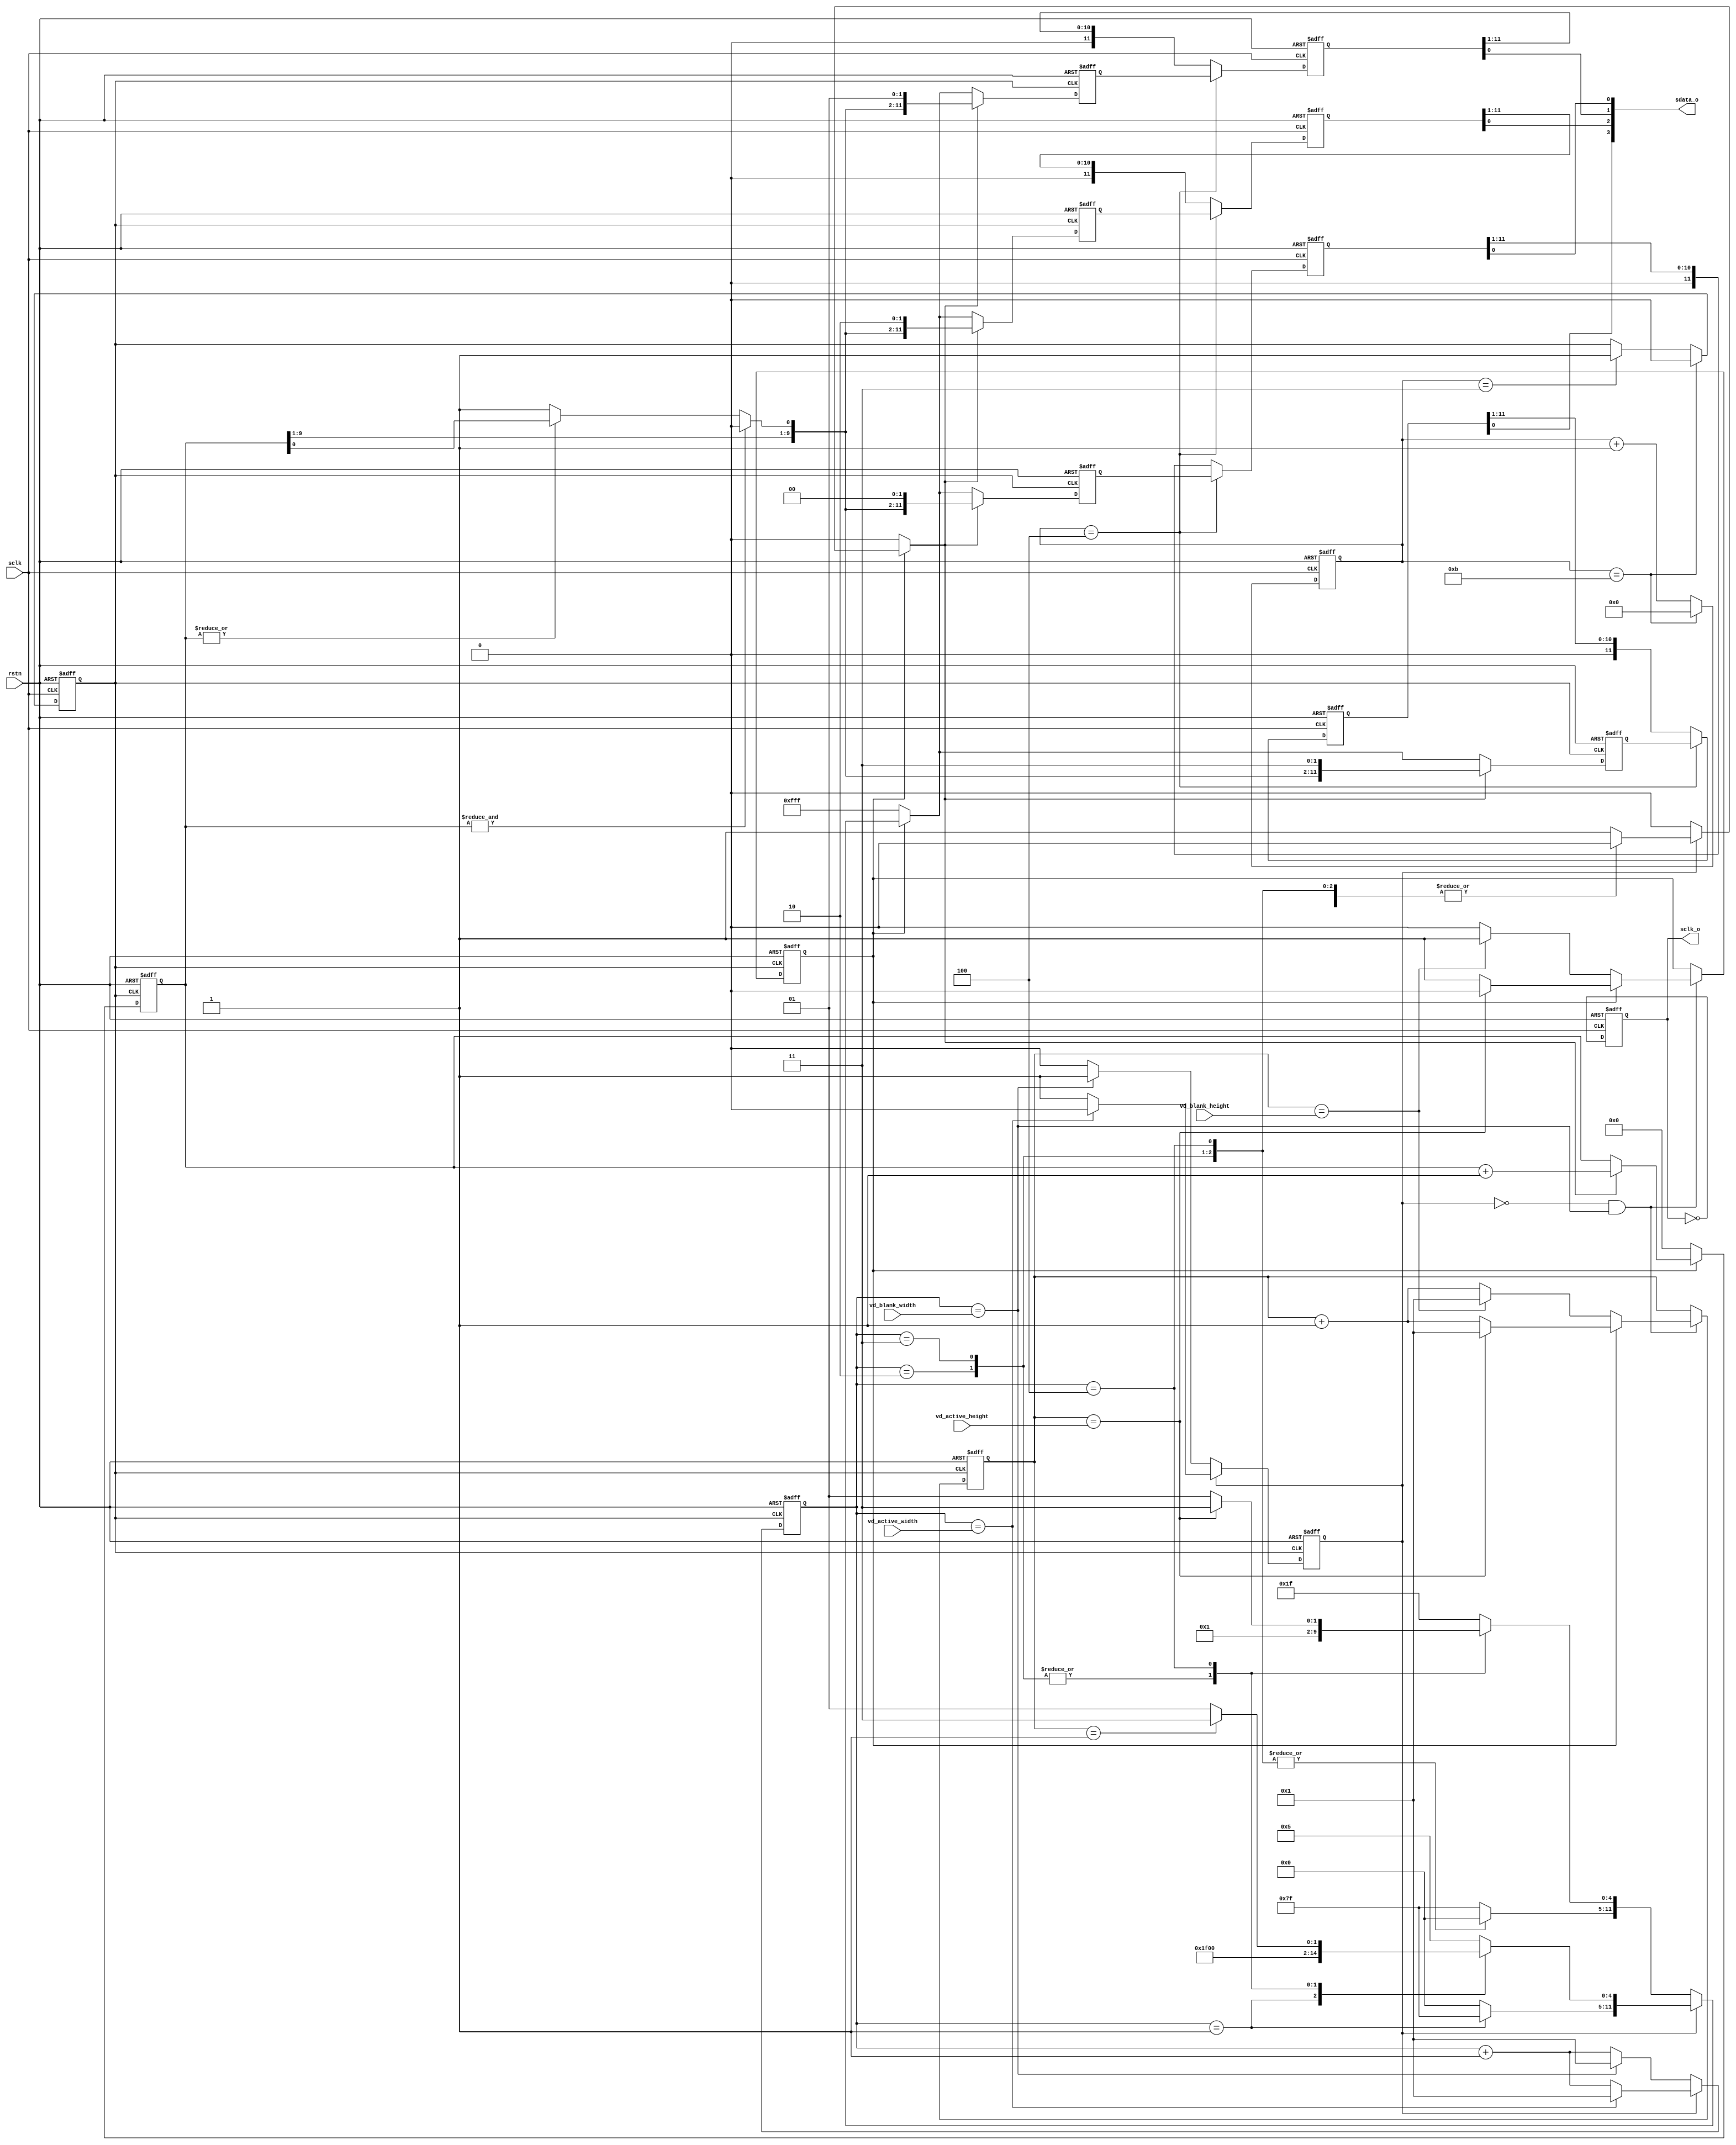
`timescale 100ps/100ps
module hispi_stim #(
parameter c_HISPI_MODE = "Packetized-SP",//"Packetized-SP" or "Streaming-SP" or "Streaming-S" or "ActiveStart-SP8"
parameter c_WORD_WIDTH = 12,
parameter c_LANE_WIDTH = 4
)
(
 input [11:0] vd_active_width,
 input [11:0] vd_blank_width,
 input [11:0] vd_active_height,
 input [11:0] vd_blank_height,

 input  rstn,
 input  sclk,
 output reg sclk_o,
 output reg [3:0] sdata_o
);

reg pix_clk;
reg idle_sel;
reg [4:0] clk_cnt;
reg [11:0] pix_cnt;
reg hor_valid;
reg lin_valid;
reg [11:0] lin_cnt;
wire [c_WORD_WIDTH-1:0] data_idle;
reg [c_WORD_WIDTH-1:0] pdata;
reg pdata_valid;
reg [c_WORD_WIDTH-3:0] data_pattern;
reg [c_WORD_WIDTH-1:0] data_lane0;
reg [c_WORD_WIDTH-1:0] data_lane1;
reg [c_WORD_WIDTH-1:0] data_lane2;
reg [c_WORD_WIDTH-1:0] data_lane3;
reg [c_WORD_WIDTH-1:0] data_lane0_d;
reg [c_WORD_WIDTH-1:0] data_lane1_d;
reg [c_WORD_WIDTH-1:0] data_lane2_d;
reg [c_WORD_WIDTH-1:0] data_lane3_d;
reg pidle;


   

always @(posedge sclk or negedge rstn)
   if (!rstn) begin
      clk_cnt <= 0;
      pix_clk <= 1'b0;
   end
   else begin
      if (clk_cnt == c_WORD_WIDTH - 1) begin
         clk_cnt <= 0;
         pix_clk <= 1'b0;
      end   
      else begin
         clk_cnt <= clk_cnt + 1;
         if (clk_cnt == 3) pix_clk <= 1'b1;
      end
   end
//*************************************************************************************************************************************************************
assign data_idle = (c_HISPI_MODE == "Streaming-S") ? (idle_sel ? {{(c_WORD_WIDTH-1){1'b0}}, 1'b1}: {{(c_WORD_WIDTH-1){1'b1}}, 1'b0}) : (
                   (c_HISPI_MODE == "ActiveStart-SP8") ? {c_WORD_WIDTH{1'b0}} : {c_WORD_WIDTH{1'b1}});
always @(posedge pix_clk or negedge rstn)
   if (!rstn) begin
      idle_sel <= 1'b0;
   end
   else begin
      if (pidle)
         idle_sel <= ~ idle_sel;
      else
         idle_sel <= 1'b0;
   end


always @(posedge pix_clk or negedge rstn)
   if (!rstn) begin
      pix_cnt   <= 1;
      hor_valid <= 0;
      lin_valid <= 0;
      lin_cnt   <= 0;
   end
   else begin
      pix_cnt <= 1;
      if (hor_valid) begin
         if (pix_cnt == vd_active_width) begin
            hor_valid <= 1'b0;
            pix_cnt <= 1;
         end
         else
            pix_cnt <= pix_cnt + 1;
      end
      else begin
         if (pix_cnt == vd_blank_width) begin
            hor_valid <= 1'b1;
            pix_cnt <= 1;
         end
         else
            pix_cnt <= pix_cnt + 1;
      end      
      
      if ((~ hor_valid) && (pix_cnt == vd_blank_width)) begin
         if (lin_valid) begin
            if (lin_cnt == vd_active_height) begin
               lin_valid <= 1'b0;
               lin_cnt   <= 1;
            end
            else
               lin_cnt   <= lin_cnt + 1;
         end
         else begin
            if (lin_cnt == vd_blank_height) begin
               lin_valid <= 1'b1;
               lin_cnt   <= 1;
            end
            else
               lin_cnt   <= lin_cnt + 1;
         end
      end
   end
   
always @(*) begin
   pdata = 0;
   pidle = 0;
   pdata_valid = 0;
   if (c_HISPI_MODE == "Packetized-SP") begin
      //*************************************************************************************************************************
      if (lin_valid) begin
         if (hor_valid) begin
            case (pix_cnt)
               1:       begin pdata_valid = 1'b0; pdata = {c_WORD_WIDTH{1'b1}} ;end
               2:       begin pdata_valid = 1'b0; pdata = {c_WORD_WIDTH{1'b0}} ;end
               3:       begin pdata_valid = 1'b0; pdata = {c_WORD_WIDTH{1'b0}} ;end
               4:       begin pdata_valid = 1'b0; pdata[4:0] = (lin_cnt == 1) ? 5'b00011 : 5'b00001; end
               default: begin pdata_valid = 1'b1; pdata = 5; end
            endcase
         end
         else begin
            case (pix_cnt)
               1:       begin pdata_valid = 1'b0; pdata = {c_WORD_WIDTH{1'b1}} ; end
               2:       begin pdata_valid = 1'b0; pdata = {c_WORD_WIDTH{1'b0}} ; end
               3:       begin pdata_valid = 1'b0; pdata = {c_WORD_WIDTH{1'b0}} ; end
               4:       begin pdata_valid = 1'b0; pdata[4:0] = (lin_cnt == vd_active_height) ? 5'b00111 : 5'b00101; end
               default: begin pdata_valid = 1'b0; pdata = data_idle; end
            endcase         
         end
      end
      else begin
         pdata_valid = 1'b0;
         pdata       = data_idle;
      end
      //*************************************************************************************************************************
   end
   else if (c_HISPI_MODE == "Streaming-SP") begin
      //*************************************************************************************************************************
      if (lin_valid) begin
         if (hor_valid) begin
            case (pix_cnt)
               1:       begin pdata_valid = 1'b0; pdata = {c_WORD_WIDTH{1'b1}} ;end
               2:       begin pdata_valid = 1'b0; pdata = {c_WORD_WIDTH{1'b0}} ;end
               3:       begin pdata_valid = 1'b0; pdata = {c_WORD_WIDTH{1'b0}} ;end
               4:       begin pdata_valid = 1'b0; pdata[4:0] = (lin_cnt == 1) ? 5'b00011 : 5'b00001; end
               default: begin pdata_valid = 1'b1; pdata = 5; end
            endcase
         end
         else begin
            pdata_valid = 1'b0;
            pdata       = data_idle;         
         end
      end
      else begin
         if (hor_valid) begin
            case (pix_cnt)
               1:       begin pdata_valid = 1'b0; pdata = {c_WORD_WIDTH{1'b1}} ;end
               2:       begin pdata_valid = 1'b0; pdata = {c_WORD_WIDTH{1'b0}} ;end
               3:       begin pdata_valid = 1'b0; pdata = {c_WORD_WIDTH{1'b0}} ;end
               4:       begin pdata_valid = 1'b0; pdata[4:0] = 5'b01001; end
               default: begin pdata_valid = 1'b1; pdata = 5; end
            endcase
         end
         else begin
            pdata_valid = 1'b0;
            pdata       = data_idle;         
         end
      end
      //*************************************************************************************************************************
   end
   else if ((c_HISPI_MODE == "Streaming-S") && (c_LANE_WIDTH == 4)) begin
      //*************************************************************************************************************************
      if (lin_valid) begin
         if (hor_valid) begin
            case (pix_cnt)
               1:       begin pdata_valid = 1'b0; pdata = {c_WORD_WIDTH{1'b1}} ;end
//               2:       begin pdata_valid = 1'b0; pdata = {c_WORD_WIDTH{1'b0}} ;end
//               3:       begin pdata_valid = 1'b0; pdata = {c_WORD_WIDTH{1'b0}} ;end
//               4:       begin pdata_valid = 1'b0; pdata[4:0] = 5'b00001; end
               default: begin pdata_valid = 1'b1; pdata = 5; end
            endcase
         end
         else begin
            pdata_valid = 1'b0;
            pdata       = data_idle;
            pidle       = 1'b1;         
         end
      end
      else begin
         if (hor_valid) begin
            case (pix_cnt)
               1:       begin pdata_valid = 1'b0; pdata = {c_WORD_WIDTH{1'b1}} ;end
//               2:       begin pdata_valid = 1'b0; pdata = {c_WORD_WIDTH{1'b0}} ;end
//               3:       begin pdata_valid = 1'b0; pdata = {c_WORD_WIDTH{1'b0}} ;end
//               4:       begin pdata_valid = 1'b0; pdata[4:0] = 5'b01001; end
               default: begin 
                  pdata_valid = 1'b0;
                  pdata       = data_idle;         
                  pidle       = 1'b1;               
               end   
            endcase
         end
         else begin
            pdata_valid = 1'b0;
            pdata       = data_idle;         
            pidle       = 1'b1;
         end
      end      
      //*************************************************************************************************************************
   end
   else if ((c_HISPI_MODE == "Streaming-S") && (c_LANE_WIDTH == 2)) begin
      //*************************************************************************************************************************
      if (lin_valid) begin
         if (hor_valid) begin
            case (pix_cnt)
               1:       begin pdata_valid = 1'b0; pdata = {c_WORD_WIDTH{1'b1}} ;end
               2:       begin pdata_valid = 1'b0; pdata = {c_WORD_WIDTH{1'b0}} ;end
//               3:       begin pdata_valid = 1'b0; pdata = {c_WORD_WIDTH{1'b0}} ;end
//               4:       begin pdata_valid = 1'b0; pdata[4:0] = 5'b00001; end
               default: begin pdata_valid = 1'b1; pdata = 5; end
            endcase
         end
         else begin
            pdata_valid = 1'b0;
            pdata       = data_idle;
            pidle       = 1'b1;         
         end
      end
      else begin
         if (hor_valid) begin
            case (pix_cnt)
               1:       begin pdata_valid = 1'b0; pdata = {c_WORD_WIDTH{1'b1}} ;end
               2:       begin pdata_valid = 1'b0; pdata = {c_WORD_WIDTH{1'b0}} ;end
//               3:       begin pdata_valid = 1'b0; pdata = {c_WORD_WIDTH{1'b0}} ;end
//               4:       begin pdata_valid = 1'b0; pdata[4:0] = 5'b01001; end
               default: begin pdata_valid = 1'b1; pdata = 5; end
            endcase
         end
         else begin
            pdata_valid = 1'b0;
            pdata       = data_idle;
            pidle       = 1'b1;         
         end
      end            
      //*************************************************************************************************************************
      //*************************************************************************************************************************
   end
   else if ((c_HISPI_MODE == "Streaming-S") && (c_LANE_WIDTH == 1)) begin
      //*************************************************************************************************************************
      if (lin_valid) begin
         if (hor_valid) begin
            case (pix_cnt)
               1:       begin pdata_valid = 1'b0; pdata = {c_WORD_WIDTH{1'b1}} ;end
               2:       begin pdata_valid = 1'b0; pdata = {c_WORD_WIDTH{1'b0}} ;end
               3:       begin pdata_valid = 1'b0; pdata = {c_WORD_WIDTH{1'b0}} ;end
               4:       begin pdata_valid = 1'b0; pdata[4:0] = 5'b00001; end
               default: begin pdata_valid = 1'b1; pdata = 5; end
            endcase
         end
         else begin
            pdata_valid = 1'b0;
            pdata       = data_idle;
            pidle       = 1'b1;         
         end
      end
      else begin
         if (hor_valid) begin
            case (pix_cnt)
               1:       begin pdata_valid = 1'b0; pdata = {c_WORD_WIDTH{1'b1}} ;end
               2:       begin pdata_valid = 1'b0; pdata = {c_WORD_WIDTH{1'b0}} ;end
               3:       begin pdata_valid = 1'b0; pdata = {c_WORD_WIDTH{1'b0}} ;end
               4:       begin pdata_valid = 1'b0; pdata[4:0] = 5'b01001; end
               default: begin pdata_valid = 1'b1; pdata = 5; end
            endcase
         end
         else begin
            pdata_valid = 1'b0;
            pdata       = data_idle;
            pidle       = 1'b1;         
         end
      end            
      //*************************************************************************************************************************      
   end
   else if (c_HISPI_MODE == "ActiveStart-SP8") begin
      //*************************************************************************************************************************
      if (lin_valid) begin
         if (hor_valid) begin
            case (pix_cnt)
               1:       begin pdata_valid = 1'b0; pdata = {c_WORD_WIDTH{1'b1}} ;end
               2:       begin pdata_valid = 1'b0; pdata = {c_WORD_WIDTH{1'b0}} ;end
               3:       begin pdata_valid = 1'b0; pdata = {c_WORD_WIDTH{1'b1}} ;end
               4:       begin pdata_valid = 1'b0; pdata = {c_WORD_WIDTH{1'b0}} ;end
               5:       begin pdata_valid = 1'b0; pdata = {c_WORD_WIDTH{1'b1}} ;end
               6:       begin pdata_valid = 1'b0; pdata = (lin_cnt == 1) ? {c_WORD_WIDTH{1'b1}} : {c_WORD_WIDTH{1'b0}} ;end
               7:       begin pdata_valid = 1'b0; pdata = {c_WORD_WIDTH{1'b1}} ;end
               8:       begin pdata_valid = 1'b0; pdata = (lin_cnt == 1) ? {c_WORD_WIDTH{1'b1}} : {c_WORD_WIDTH{1'b0}} ;end               
               default: begin pdata_valid = 1'b1; pdata = 5; end
            endcase
         end
         else begin
            pdata_valid = 1'b0;
            pdata       = data_idle;
            pidle       = 1'b1;         
         end
      end
      else begin
        pdata_valid = 1'b0;
        pdata       = data_idle;
        pidle       = 1'b1;         
      end
      //*************************************************************************************************************************
   end
end

wire [c_WORD_WIDTH-3:0] data_pattern_tmp = (& data_pattern) ? {data_pattern[c_WORD_WIDTH-3:1], 1'b0} : ((| data_pattern) ? data_pattern : {data_pattern[c_WORD_WIDTH-3:1], 1'b1});
always @(posedge pix_clk or negedge rstn)
   if (!rstn) begin
      data_pattern <= 0;
   end
   else begin
      if (lin_valid) begin
         if (pdata_valid)
            data_pattern <= data_pattern + 1;
      end
      else
         data_pattern <= 0;
   end
   
always @(posedge pix_clk or negedge rstn)
   if (!rstn) begin
      data_lane0 <= 0;
      data_lane1 <= 0;
      data_lane2 <= 0;
      data_lane3 <= 0;
   end
   else begin
      if (pdata_valid) begin
         data_lane0 <= {data_pattern_tmp, 2'b00};
         data_lane1 <= {data_pattern_tmp, 2'b01};
         data_lane2 <= {data_pattern_tmp, 2'b10};
         data_lane3 <= {data_pattern_tmp, 2'b11};
      end   
      else begin
         if ((c_HISPI_MODE == "Streaming-S") && (c_LANE_WIDTH == 4)) begin
            if (pdata == {c_WORD_WIDTH{1'b1}}) begin
               data_lane0 <= {c_WORD_WIDTH{1'b1}} ;
               data_lane1 <= {c_WORD_WIDTH{1'b0}} ;
               data_lane2 <= {c_WORD_WIDTH{1'b0}};
               data_lane3 <= lin_valid ? {{(c_WORD_WIDTH-5){1'b0}}, 5'b00001} : {{(c_WORD_WIDTH-5){1'b0}}, 5'b01001};
            end
            else begin
               data_lane0 <= pdata;            
               data_lane1 <= pdata;            
               data_lane2 <= pdata;            
               data_lane3 <= pdata;            
            end
         end
         else if ((c_HISPI_MODE == "Streaming-S") && (c_LANE_WIDTH == 2)) begin
            if (pdata == {c_WORD_WIDTH{1'b1}}) begin
               data_lane0 <= {c_WORD_WIDTH{1'b1}} ;
               data_lane1 <= {c_WORD_WIDTH{1'b0}} ;
               data_lane2 <= {c_WORD_WIDTH{1'b0}};
               data_lane3 <= lin_valid ? {{(c_WORD_WIDTH-5){1'b0}}, 5'b00001} : {{(c_WORD_WIDTH-5){1'b0}}, 5'b01001};
            end
            else if (pdata == {c_WORD_WIDTH{1'b0}}) begin
               data_lane0 <= {c_WORD_WIDTH{1'b0}} ;
               data_lane1 <= lin_valid ? {{(c_WORD_WIDTH-5){1'b0}}, 5'b00001} : {{(c_WORD_WIDTH-5){1'b0}}, 5'b01001} ;
               data_lane2 <= {c_WORD_WIDTH{1'b0}};
               data_lane3 <= lin_valid ? {{(c_WORD_WIDTH-5){1'b0}}, 5'b00001} : {{(c_WORD_WIDTH-5){1'b0}}, 5'b01001};            
            end
            else begin
               data_lane0 <= pdata;            
               data_lane1 <= pdata;            
               data_lane2 <= pdata;            
               data_lane3 <= pdata;            
            end         
         end
         else begin
            data_lane0 <= pdata;         
            data_lane1 <= pdata;         
            data_lane2 <= pdata;         
            data_lane3 <= pdata;         
         end   
      end
   end
//*************************************************************************************************************************   
always @(posedge sclk or negedge rstn)
   if (!rstn) begin
      data_lane0_d <= 0;
      data_lane1_d <= 0;
      data_lane2_d <= 0;
      data_lane3_d <= 0;

   end
   else begin
      if (clk_cnt == 4) begin
         data_lane0_d <= data_lane0;
         data_lane1_d <= data_lane1;
         data_lane2_d <= data_lane2;
         data_lane3_d <= data_lane3;
      end
      else begin
         data_lane0_d <= {1'b0, data_lane0_d[c_WORD_WIDTH-1:1]};       
         data_lane1_d <= {1'b0, data_lane1_d[c_WORD_WIDTH-1:1]};       
         data_lane2_d <= {1'b0, data_lane2_d[c_WORD_WIDTH-1:1]};       
         data_lane3_d <= {1'b0, data_lane3_d[c_WORD_WIDTH-1:1]};       
      end
   end

wire [3:0] sdata_o_pre = {data_lane3_d[0], data_lane2_d[0], data_lane1_d[0], data_lane0_d[0]};
wire [1:0] sel_0 = 0;         
wire [1:0] sel_1 = 0;         
wire [1:0] sel_2 = 0;         
wire [1:0] sel_3 = 0;         
reg  [3:0] sdata_o_pre_d1;
reg  [3:0] sdata_o_pre_d2;
reg  [3:0] sdata_o_pre_d3;

always @(posedge sclk or negedge rstn)
   if (!rstn) begin
      sdata_o_pre_d1 <= 0;
      sdata_o_pre_d2 <= 0;
      sdata_o_pre_d3 <= 0;
   end
   else begin
      sdata_o_pre_d1 <= sdata_o_pre;
      sdata_o_pre_d2 <= sdata_o_pre_d1;
      sdata_o_pre_d3 <= sdata_o_pre_d2;
   end

always @(*) begin
   case (sel_0)
      2'd0: sdata_o[0] = sdata_o_pre[0];
      2'd1: sdata_o[0] = sdata_o_pre_d1[0];
      2'd2: sdata_o[0] = sdata_o_pre_d2[0];
      2'd3: sdata_o[0] = sdata_o_pre_d3[0];
   endcase
end
always @(*) begin
   case (sel_1)
      2'd0: sdata_o[1] = sdata_o_pre[1];
      2'd1: sdata_o[1] = sdata_o_pre_d1[1];
      2'd2: sdata_o[1] = sdata_o_pre_d2[1];
      2'd3: sdata_o[1] = sdata_o_pre_d3[1];
   endcase
end
always @(*) begin
   case (sel_2)
      2'd0: sdata_o[2] = sdata_o_pre[2];
      2'd1: sdata_o[2] = sdata_o_pre_d1[2];
      2'd2: sdata_o[2] = sdata_o_pre_d2[2];
      2'd3: sdata_o[2] = sdata_o_pre_d3[2];
   endcase
end
always @(*) begin
   case (sel_3)
      2'd0: sdata_o[3] = sdata_o_pre[3];
      2'd1: sdata_o[3] = sdata_o_pre_d1[3];
      2'd2: sdata_o[3] = sdata_o_pre_d2[3];
      2'd3: sdata_o[3] = sdata_o_pre_d3[3];
   endcase
end

//assign sdata_o[0] = data_lane0_d[0];
//assign sdata_o[1] = data_lane1_d[0];
//assign sdata_o[2] = data_lane2_d[0];
//assign sdata_o[3] = data_lane3_d[0];
//assign #1 sclk_o = sclk;
always @(negedge sclk or negedge rstn)
   if (!rstn) begin
      sclk_o       <= 0;   
   end
   else begin
      sclk_o       <= ~ sclk_o;   
   end
endmodule